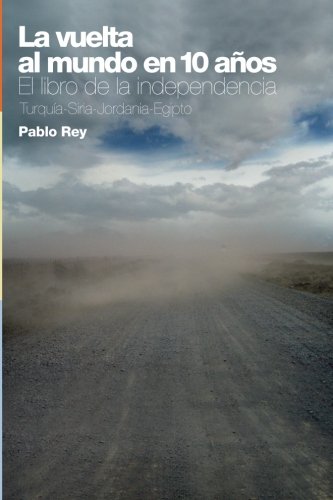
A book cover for La vuelta al mundo en 10 aÃ±os: El libro de la independencia: TurquÃ­a, Siria, Jordania, Egipto... (Spanish Edition); Pablo Rey; Travel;